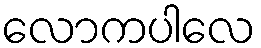
လောကပါလေ